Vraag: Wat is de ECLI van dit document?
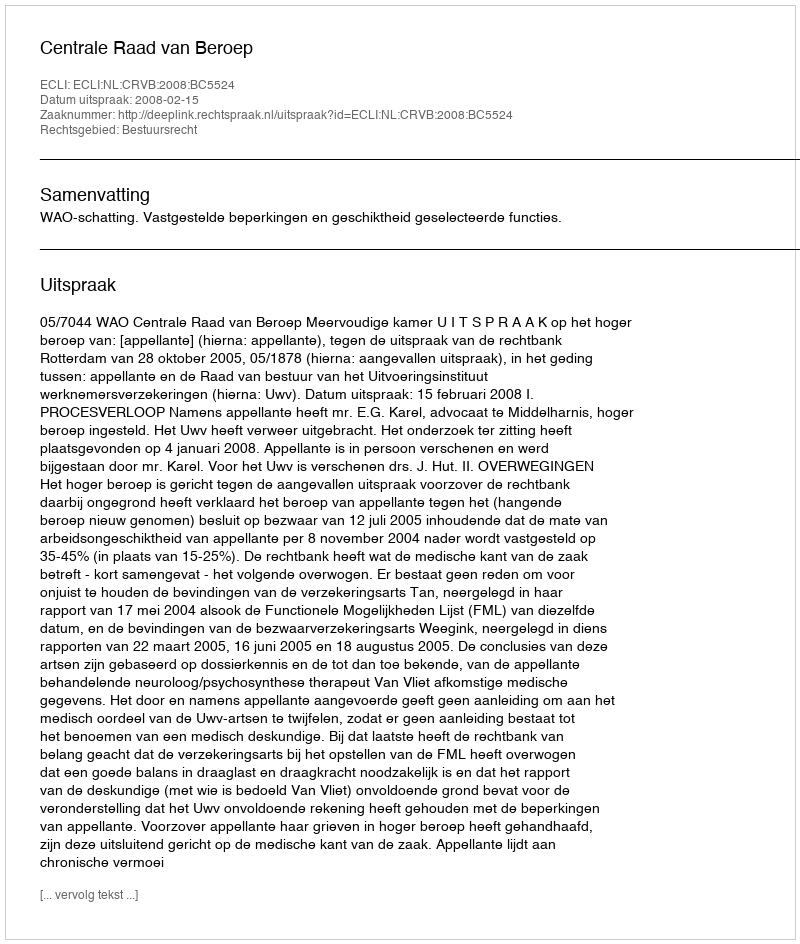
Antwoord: ECLI:NL:CRVB:2008:BC5524